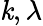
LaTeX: \mathit{k},\lambda